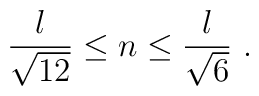
{l\over \sqrt{12}}\leq n\leq {l\over\sqrt{6}}\ .